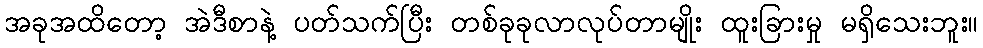
အခုအထိတော့ အဲဒီစာနဲ့ ပတ်သက်ပြီး တစ်ခုခုလာလုပ်တာမျိုး ထူးခြားမှု မရှိသေးဘူး။